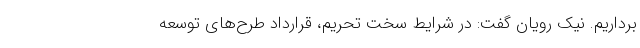
برداریم. نیک رویان گفت: در شرایط سخت تحریم، قرارداد طرح‌های توسعه